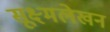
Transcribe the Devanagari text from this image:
सूक्ष्मलेखन